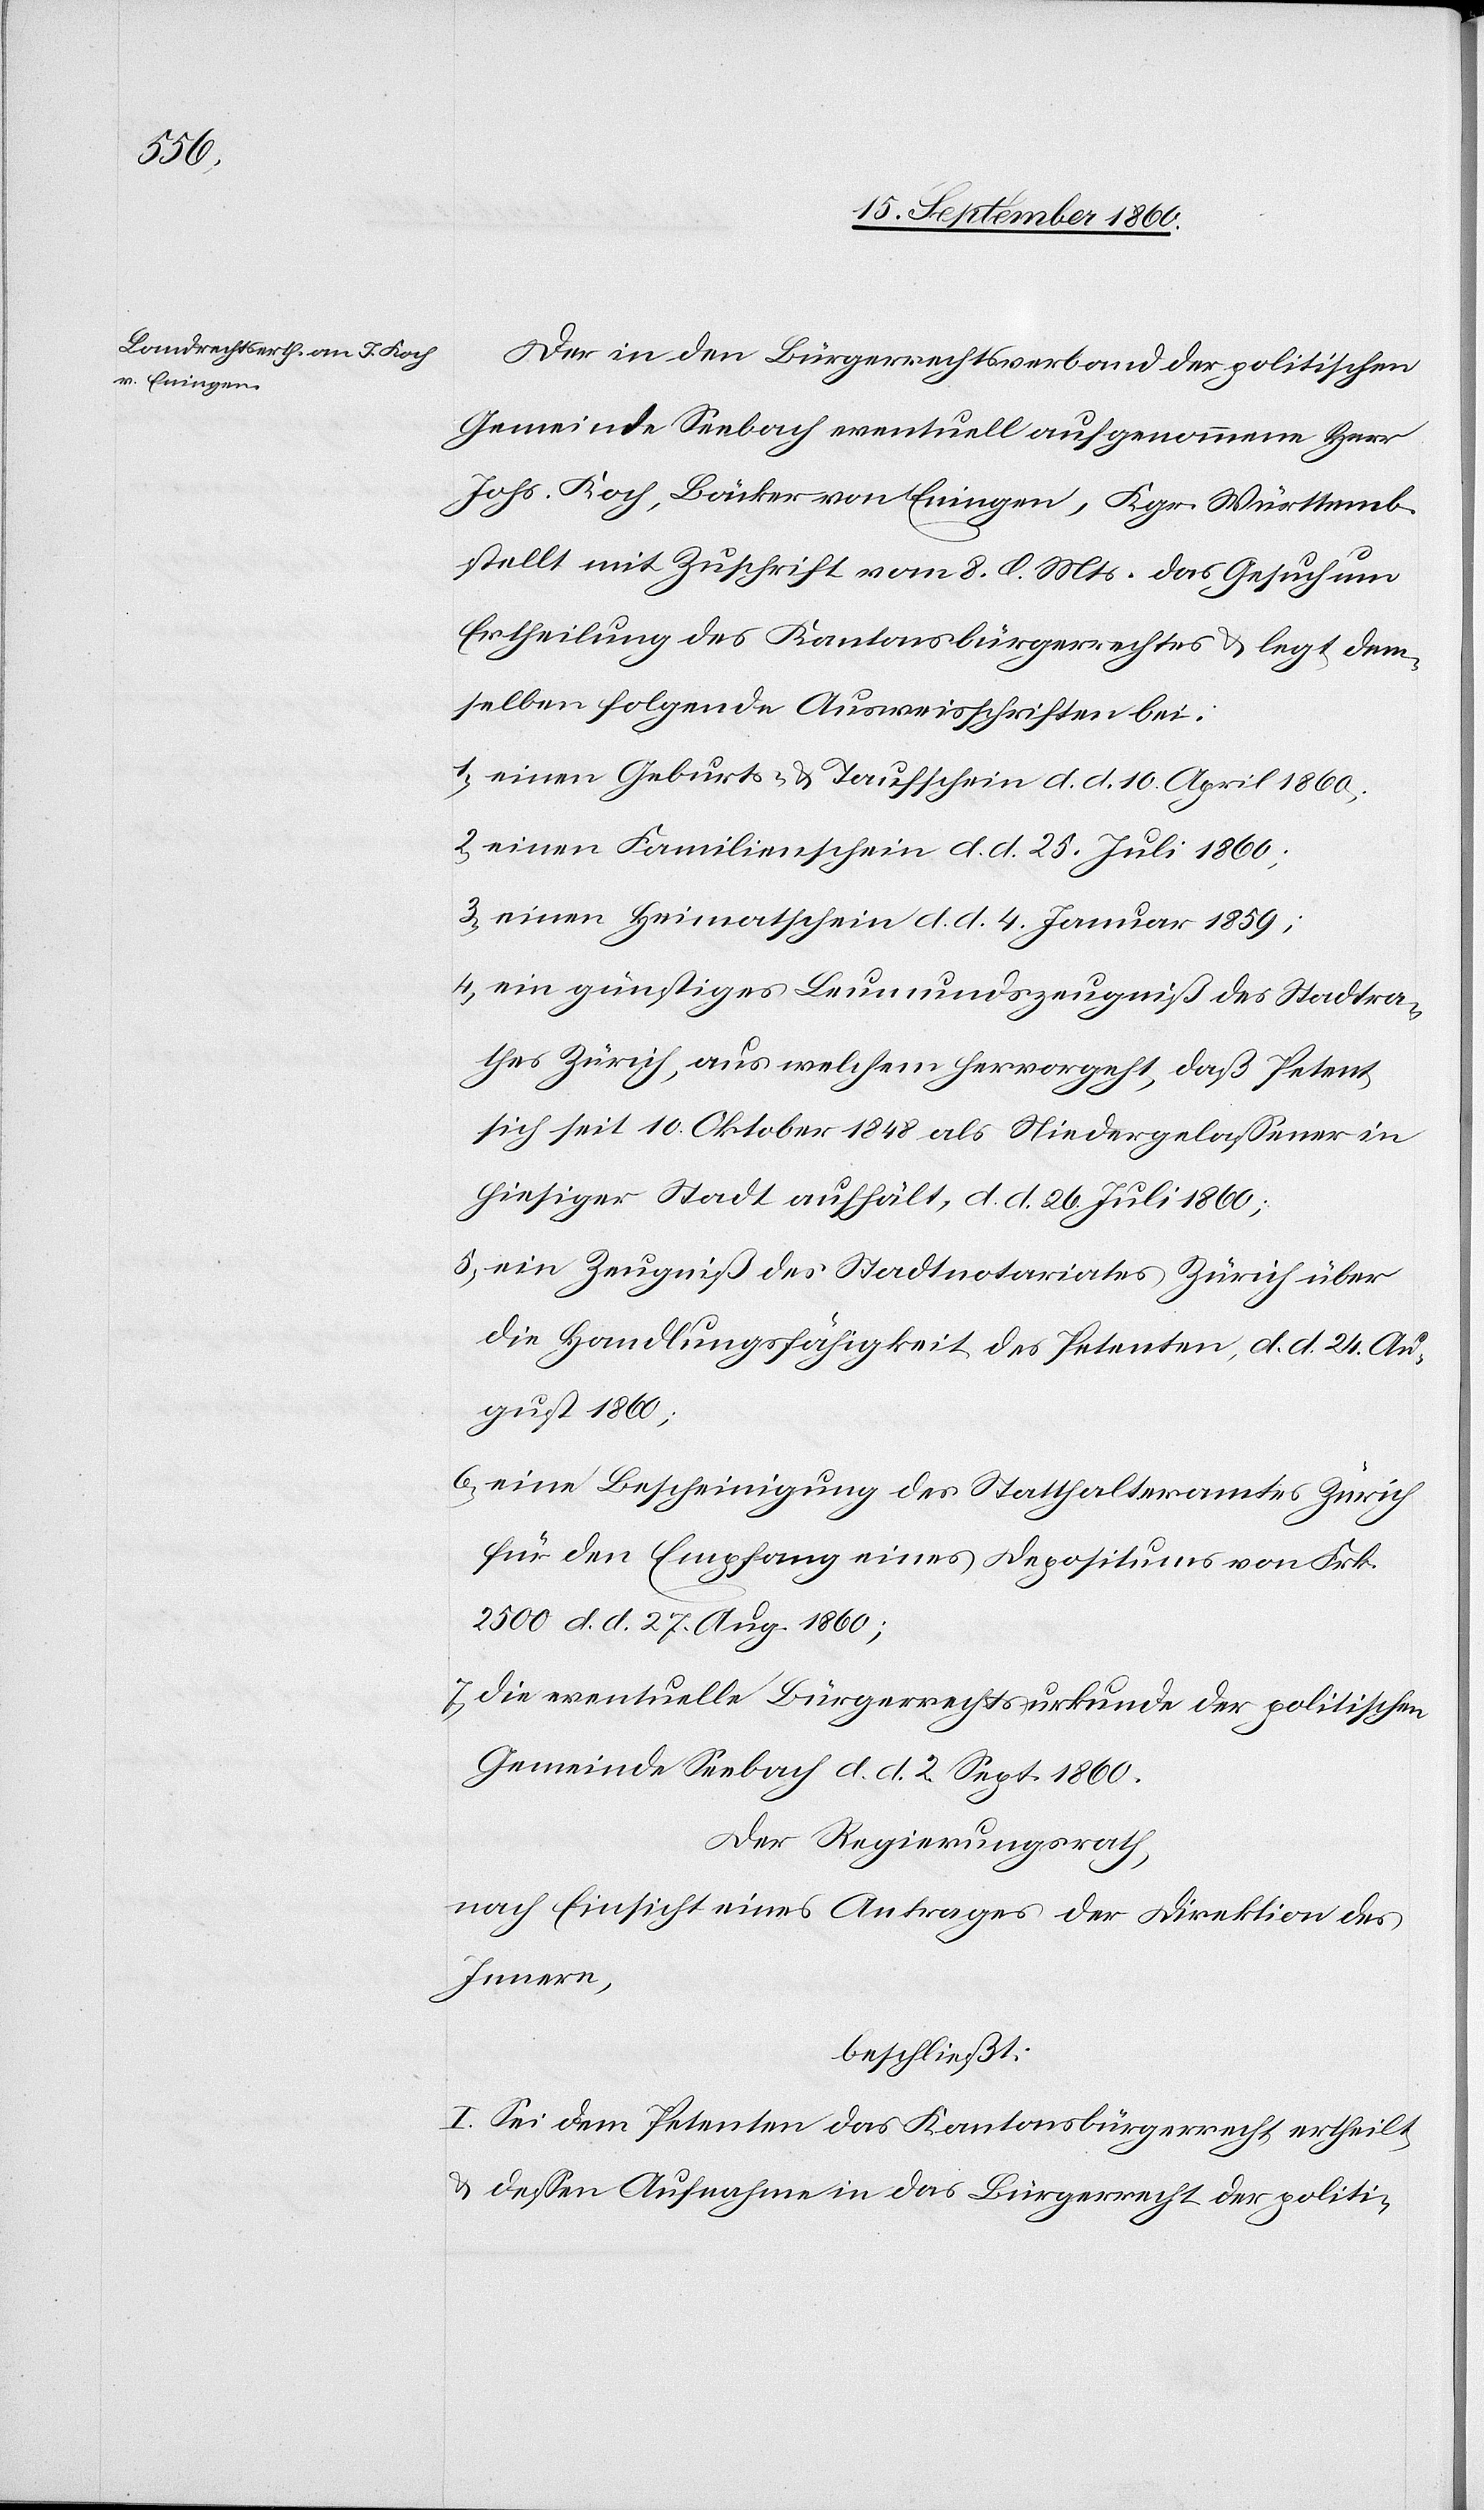
Der in den Bürgerrechtsverband der politischen
Gemeinde Seebach eventuell aufgenommene Herr
Johs. Koch, Bäcker von Eningen, Kgr. Württemb.
stellt mit Zuschrift vom 8. l. Mts. das Gesuch um
Ertheilung des Kantonsbürgerrechtes u. legt dem¬
selben folgende Ausweisschriften bei.
1. einen Geburts- u. Taufschein d. d. 10. April 1860;
2. einen Familienschein d. d. 25. Juli 1860;
3. einen Heimatschein d. d. 4. Januar 1859;
4. ein günstiges Leumundszeugniß des Stadtra¬
thes Zürich, aus welchem hervorgeht, daß Petent
sich seit 10. Oktober 1848 als Niedergelassener in
hiesiger Stadt aufhält, d. d. 26. Juli 1861;
5. ein Zeugniß des Stadtnotariates Zürich über
die Handlungsfähigkeit des Petenten, d. d. 24. Au¬
gust 1860;
6. eine Bescheinigung des Statthalteramtes Zürich
für den Empfang eines Depositums von Frk.
2500 d. d. 27. Aug. 1860;
7. die eventuelle Bürgerrechtsurkunde der politischen
Gemeinde Seebach d. d. 2. Sept. 1860.
Der Regierungsrath,
nach Einsicht eines Antrages der Direktion des
Innern,
beschließt:
I. Sei dem Petenten das Kantonsbürgerrecht ertheilt,
u. dessen Aufnahme in das Bürgerrecht der politi-